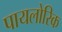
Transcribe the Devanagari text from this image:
पायलोरिक